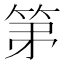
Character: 𮅏